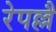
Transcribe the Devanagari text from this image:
रेपल्लै